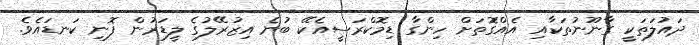
ދައުލަތަކީ ގާނޫނުތަކާއި އެއްގަޮތަށް ހިންގާ ޑިމޮކްރަސީއެކޭ ބުނެ އިޒުރޭލުގެ ލީޑަރުން ފޮނި ކަނޑައެވެ.